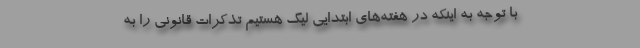
با توجه به اینکه در هفته‌های ابتدایی لیگ هستیم تذکرات قانونی را به